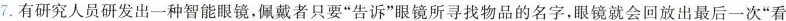
7.有研究人员研发出一种智能眼镜，佩戴者只要”告诉”眼镜所寻找物品的名字，眼镜就会回放出最后一次”看